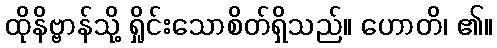
ထိုနိဗ္ဗာန်သို့ ရှိုင်းသောစိတ်ရှိသည်။ ဟောတိ၊ ၏။